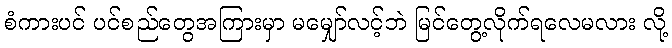
စံကားပင် ပင်စည်တွေအကြားမှာ မမျှော်လင့်ဘဲ မြင်တွေ့လိုက်ရလေမလား လို့